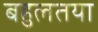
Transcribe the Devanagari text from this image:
बहुलतया